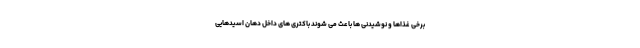
برخی غذاها و نوشیدنی ها باعث می شوند باکتری های داخل دهان اسیدهایی